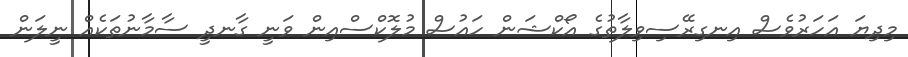
މިދިޔަ އަަހަރުވެސް އިނގިރޭސިވިލާތުގެ އޯކްޝަން ހައުސް މުލޮކްސްއިން ވަނީ ގާނދީ ސާމާނުތަކެއް ނީލަން